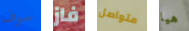
سوف فاز متواصل هيا